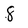
Character: 8